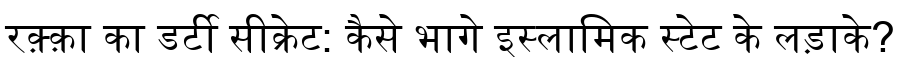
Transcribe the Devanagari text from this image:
रक़्क़ा का डर्टी सीक्रेट: कैसे भागे इस्लामिक स्टेट के लड़ाके?